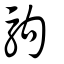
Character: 駒